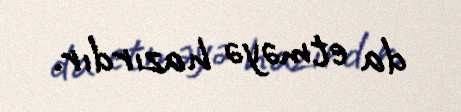
da etməyə hazırdır.